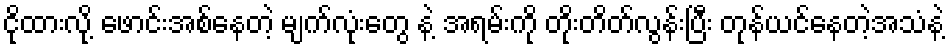
ငိုထားလို့ ဖောင်းအစ်နေတဲ့ မျက်လုံးတွေ နဲ့ အရမ်းကို တိုးတိတ်လွန်းပြီး တုန်ယင်နေတဲ့အသံနဲ့